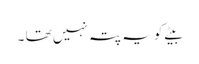
بیٹے کو یہ پتہ نہیں تھا ۔